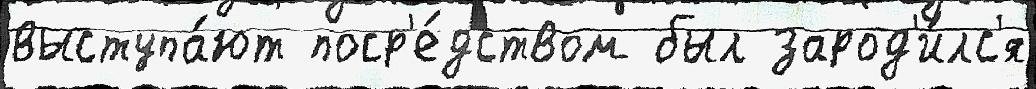
выступа́ют поср'е́дством был зарод'и́лс'я